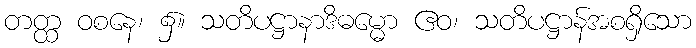
တတ္ထ ဝစနေ၊ ၌။ သတိပဋ္ဌာနာဒိဓမ္မော ဧဝ၊ သတိပဋ္ဌာန်အစရှိသော